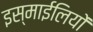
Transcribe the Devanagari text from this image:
इस्माईलियों